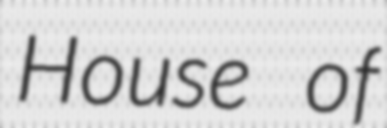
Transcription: House of